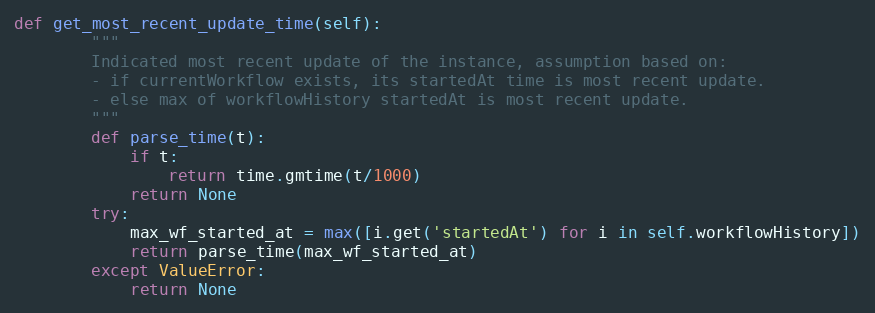
Language: Python
def get_most_recent_update_time(self):
        """
        Indicated most recent update of the instance, assumption based on:
        - if currentWorkflow exists, its startedAt time is most recent update.
        - else max of workflowHistory startedAt is most recent update.
        """
        def parse_time(t):
            if t:
                return time.gmtime(t/1000)
            return None
        try:
            max_wf_started_at = max([i.get('startedAt') for i in self.workflowHistory])
            return parse_time(max_wf_started_at)
        except ValueError:
            return None